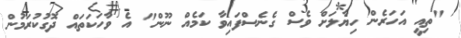
"ތިއީ އަހަރެން ހިޔާލަށް ވެސް ގެނެސްފައިވާ ކަމެއް ނޫން" އެ ވާހަކަތައް ދޮގުކުރަމުން